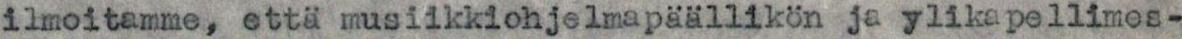
ilmoitamme, että musiikkiohjelmapäällikön ja ylikapellimes-